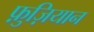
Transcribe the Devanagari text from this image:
फ़ुज़ियान